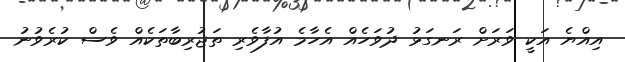
އިއްޔެ އަކީ ވަރަށް ރަނގަޅު ދުވަހެއް އެހާމެ އުފާވެރި ތަޖުރިބާތަކެއް ވެސް ކުރެވުނު